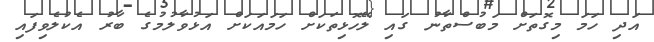
އަދި ހަމަ މިގޮތަށް މަބުސްތާނު ގައި ލޭހޮޅިތަކަށް ހަމައަކަށް އަޅުވާލުމުގެ ބާރު އެކުލެވިފައި